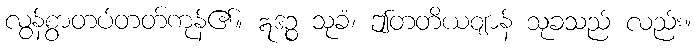
လွန်စွာတပ်တတ်ကုန်၏။ ဣဒဉ္စ သုခံ၊ ဤတတိယဈာန် သုခသည် လည်း။